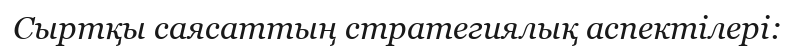
Сыртқы саясаттың стратегиялық аспектілері: